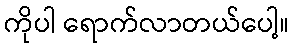
ကိုပါ ရောက်လာတယ်ပေါ့။